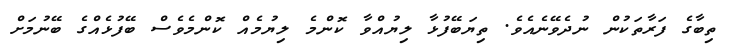
ތިބާގެ ފަރާތަކުން ނުދެވޭނެއެވެ. ތިޔަބޭފުޅާ ލިޔުއްވާ ކޮންމެ ލިޔުމެއް ކޮންމެވެސް ބޭފުޅެއްގެ ބޭނުމަށް